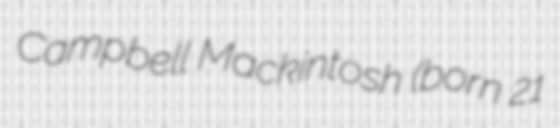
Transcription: Campbell Mackintosh (born 21